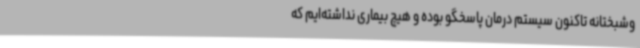
وشبختانه تاکنون سیستم درمان پاسخگو بوده و هیچ بیماری نداشته‌ایم که